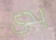
بدي